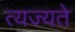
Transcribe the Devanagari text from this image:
त्यज्यते